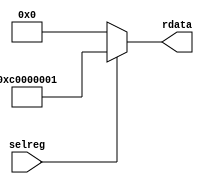
//Title       : 
//Description : Single instance of a config register
//Notes       : 
//----------------------------------------------------------------------
//   Copyright 1999-2010 Cadence Design Systems, Inc.
//   All Rights Reserved Worldwide
//
//   Licensed under the Apache License, Version 2.0 (the
//   "License"); you may not use this file except in
//   compliance with the License.  You may obtain a copy of
//   the License at
//
//       http://www.apache.org/licenses/LICENSE-2.0
//
//   Unless required by applicable law or agreed to in
//   writing, software distributed under the License is
//   distributed on an "AS IS" BASIS, WITHOUT WARRANTIES OR
//   CONDITIONS OF ANY KIND, either express or implied.  See
//   the License for the specific language governing
//   permissions and limitations under the License.
//----------------------------------------------------------------------



module smc_cfreg_lite (
  // inputs
  selreg,

  // outputs
  rdata
);


// Inputs
input         selreg;               // select the register for read/write access

// Outputs
output [31:0] rdata;                 // Read data

wire   [31:0] smc_config;
wire   [31:0] rdata;


assign rdata = ( selreg ) ? smc_config : 32'b0;
assign smc_config =  {1'b1,1'b1,8'h00, 2'b00, 2'b00, 2'b00, 2'b00,2'b00,2'b00,2'b00,8'h01};




endmodule // smc_cfreg